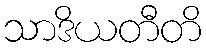
သာဒိယတီတိ